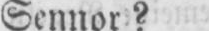
Sennor?